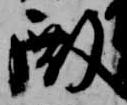
殿